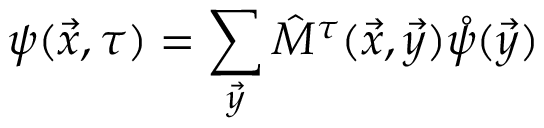
\psi ( \vec { x } , \tau ) = \sum _ { \vec { y } } \hat { M } ^ { \tau } ( \vec { x } , \vec { y } ) \mathring \psi ( \vec { y } )